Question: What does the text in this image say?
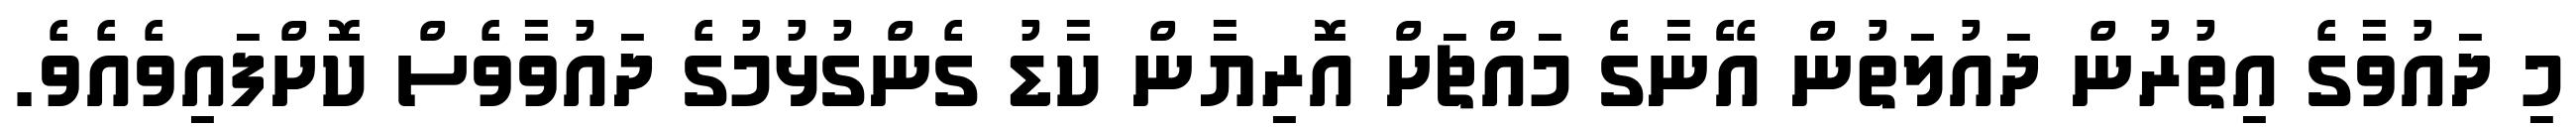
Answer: މި ދައުވާގެ އިތުރުން ދައުލަތުން އޭނާގެ މައްޗަށް އޮރިޔާން ކާޑު ގެންގުޅުމުގެ ދައުވާވެސް ކޮށްފައިވެއެވެ.